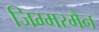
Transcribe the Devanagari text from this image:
जिम्मरमैन